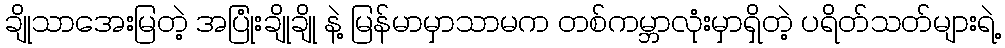
ချိုသာအေးမြတဲ့ အပြုံးချိုချို နဲ့ မြန်မာမှာသာမက တစ်ကမ္ဘာလုံးမှာရှိတဲ့ ပရိတ်သတ်များရဲ့